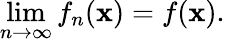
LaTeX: \operatorname*{lim}_{n\rightarrow\infty}f_{n}(\mathbf{x})=f(\mathbf{x}).